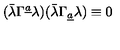
( \bar { \lambda } \Gamma ^ { \underline { a } } \lambda ) ( \bar { \lambda } \Gamma _ { \underline { a } } \lambda ) \equiv 0